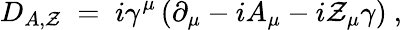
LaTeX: D_{A,\mathcal{Z}}\; =\; i\gamma^{\mu}\left(\partial_{\mu}-iA_{\mu}-i\mathcal{Z}_{\mu}\gamma\right)~,